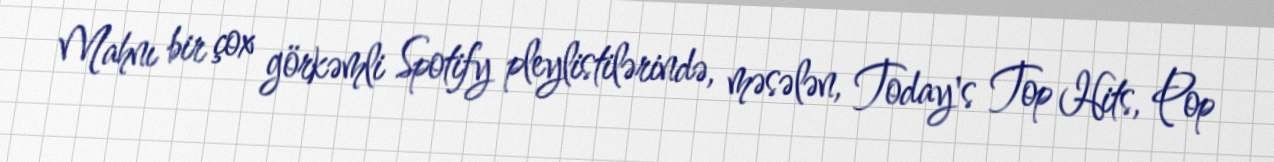
Mahnı bir çox görkəmli Spotify pleylistilərində, məsələn, Today's Top Hits, Pop